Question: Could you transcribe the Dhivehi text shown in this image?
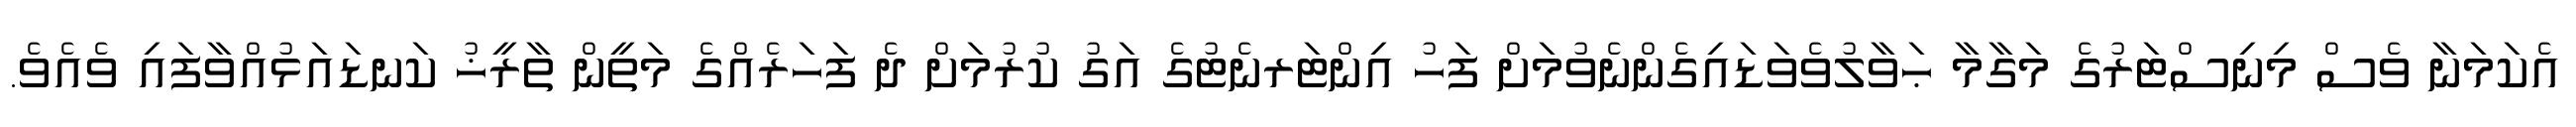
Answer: އެކަމަނާ ވެސް މިނިސްޓަރުގެ މަގާމާ ޙަވާލުވެވަޑައިގެންނެވުމަށް ފަހު އިންޓަރނެޓުގެ އަގު ކުރުމަށް ދެ ފަހަރެއްގެ މަތީން ތާރީޚު ކަނޑައަޅުއްވާފައި ވެއެވެ.